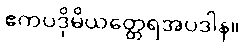
ဧကပဒိုမိယတ္ထေရအပဒါန။